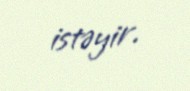
istəyir.